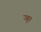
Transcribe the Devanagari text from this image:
ञ्।